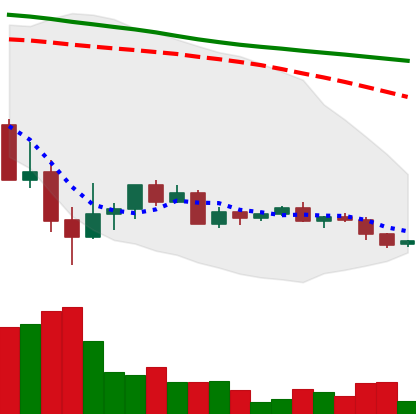
Ticker: ADA-USD
Chart end date: 2022-05-28
Forward return: 26.472%
Label: up_7plus